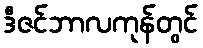
ဒီဇင်ဘာလကုန်တွင်